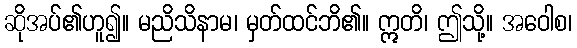
ဆိုအပ်၏ဟူ၍။ မညိသိနာမ၊ မှတ်ထင်ဘိ၏။ ဣတိ၊ ဤသို့။ အဝေါစ၊